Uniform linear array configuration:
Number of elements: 48
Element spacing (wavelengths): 0.25
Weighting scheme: kaiser
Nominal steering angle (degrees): -60
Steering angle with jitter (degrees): -61.824
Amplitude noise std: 0.05
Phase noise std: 0.05

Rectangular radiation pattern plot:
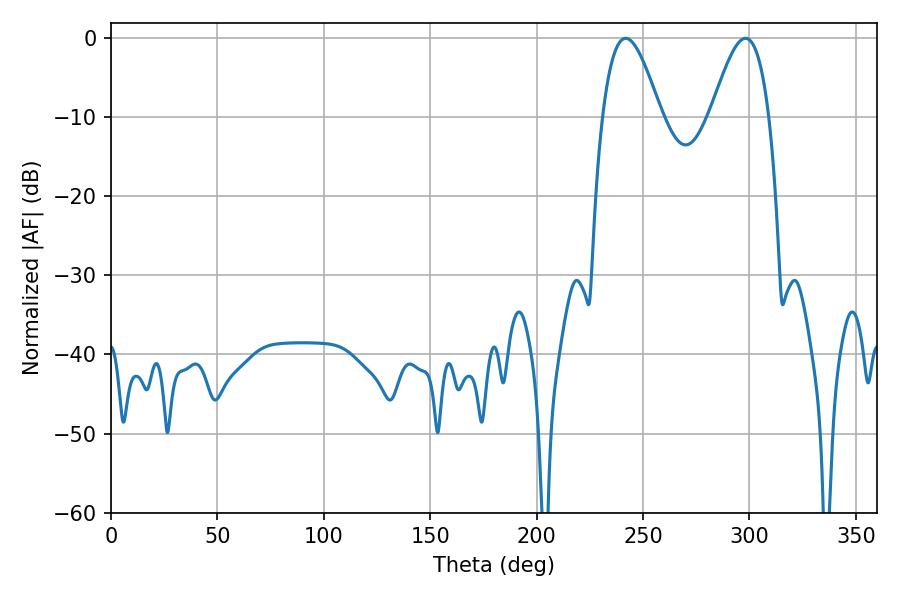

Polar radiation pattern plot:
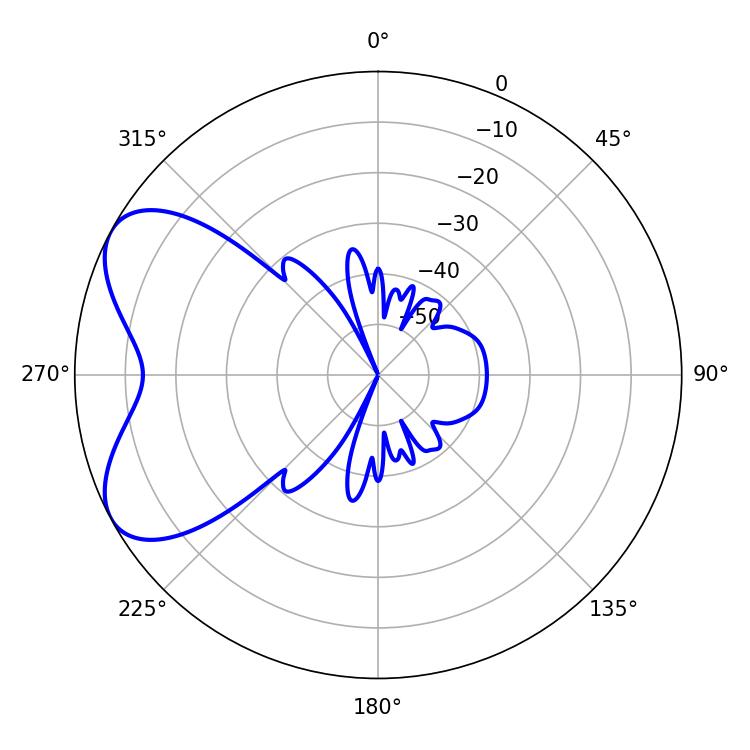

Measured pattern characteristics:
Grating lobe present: FALSE
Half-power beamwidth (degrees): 14.76
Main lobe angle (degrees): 241.92